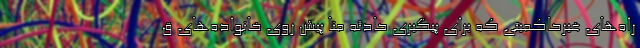
راه‌های غیرحاکمیتی که برای پیگیری حادثه منا پیش روی خانواده‌های ق